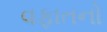
વફાતનો